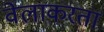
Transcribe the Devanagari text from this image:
वेलाकरता